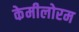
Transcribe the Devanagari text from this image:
केमीलोरम